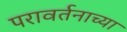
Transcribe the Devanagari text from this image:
परावर्तनाच्या